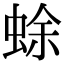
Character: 蜍